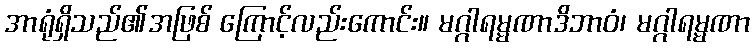
အာရုံရှိသည်၏အဖြစ် ကြောင့်လည်းကောင်း။ မဂ္ဂါရမ္မဏာဒိဘာဝံ၊ မဂ္ဂါရမ္မဏာ